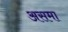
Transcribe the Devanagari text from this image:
असमा